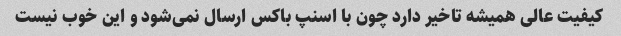
کیفیت عالی همیشه تاخیر دارد چون با اسنپ باکس ارسال نمی‌شود و این خوب نیست